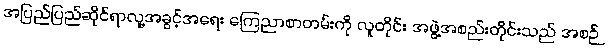
အပြည်ပြည်ဆိုင်ရာလူ့အခွင့်အရေး ကြေညာစာတမ်းကို လူတိုင်း အဖွဲ့အစည်းတိုင်းသည် အစဉ်